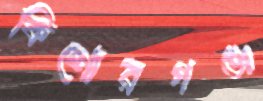
কিশোরগঞ্জ